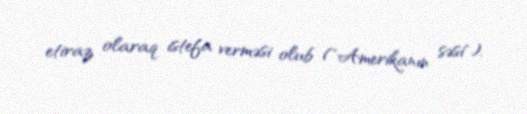
etiraz olaraq istefa verməsi olub ("Amerikanın səsi").